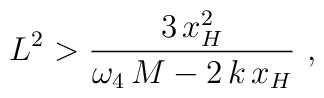
L^2 > \frac{3 \, x_H^2}{\omega_4 \, M - 2 \, k \, x_H} \,\,,